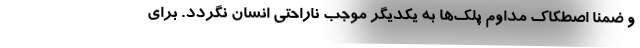
و ضمناً اصطکاک مداوم پلک‌ها به یکدیگر موجب ناراحتی انسان نگردد. برای